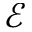
\mathcal { E }